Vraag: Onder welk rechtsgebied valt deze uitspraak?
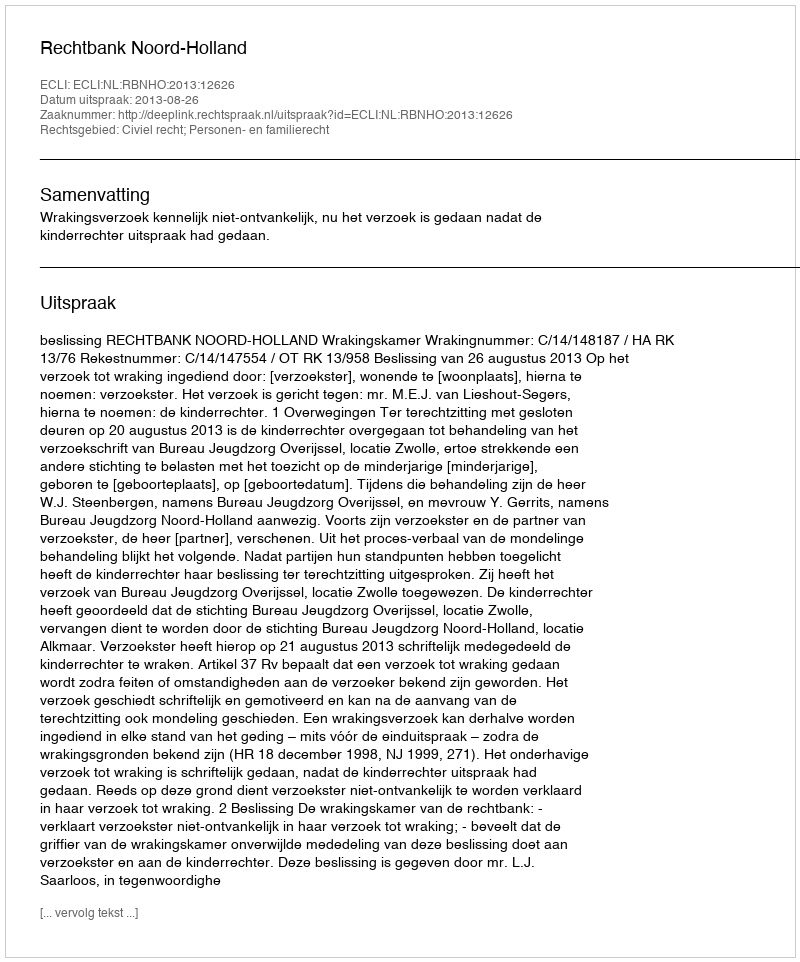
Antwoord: Civiel recht; Personen- en familierecht